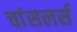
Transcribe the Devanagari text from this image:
चांसलर्स